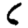
Digit: 6